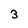
Character: 3